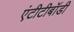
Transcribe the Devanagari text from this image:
एंटीटीबॉडी